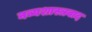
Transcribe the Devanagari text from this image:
नव्यशास्त्रवाद